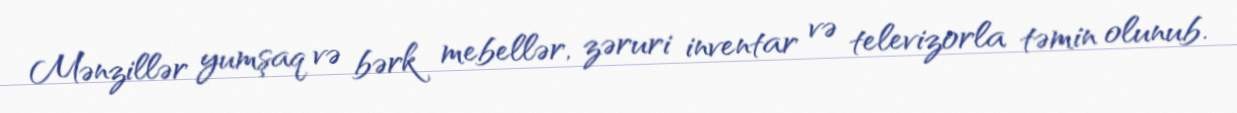
Mənzillər yumşaq və bərk mebellər, zəruri inventar və televizorla təmin olunub.